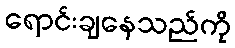
ရောင်းချနေသည်ကို